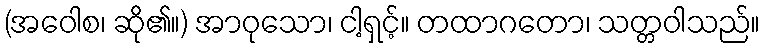
(အဝေါစ၊ ဆို၏။) အာဝုသော၊ ငါ့ရှင့်။ တထာဂတော၊ သတ္တဝါသည်။